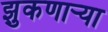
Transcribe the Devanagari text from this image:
झुकणार्‍या